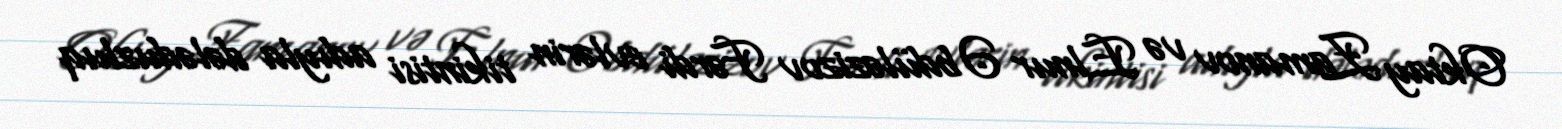
Oktay Zamanov və Elnur Əbdüləzizov Fərdi evlərin tikintisi adıyla dələduzluq